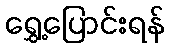
ရွှေ့ပြောင်းရန်